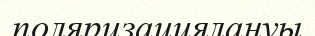
поляризациялануы